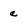
Character: e